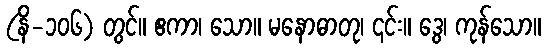
(နိ-၁၀၆) တွင်။ ဧကာ၊ သော။ မနောဓာတု၊ ၎င်း။ ဒွေ၊ ကုန်သော။